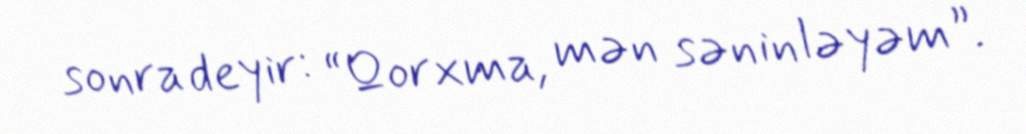
sonra deyir: “Qorxma, mən səninləyəm”.